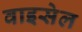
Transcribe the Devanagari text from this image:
वाइसेल